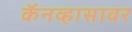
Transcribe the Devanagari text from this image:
कॅनव्हासावर